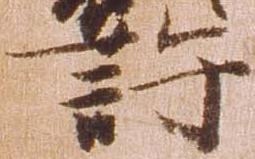
許